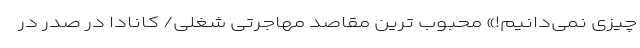
چیزی نمی‌دانیم!» محبوب ‌ترین مقاصد مهاجرتی شغلی/ کانادا در صدر در